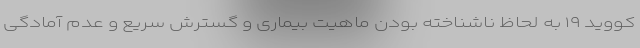
کووید ۱۹ به لحاظ ناشناخته بودن ماهیت بیماری و گسترش سریع و عدم آمادگی